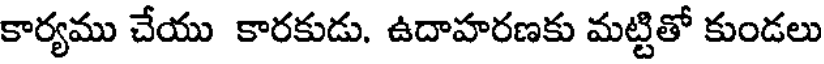
కార్యము చేయు కారకుడు. ఉదాహరణకు మట్టితో కుండలు